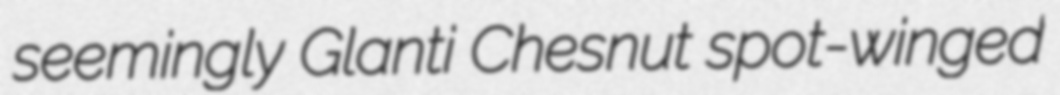
seemingly Glanti Chesnut spot-winged